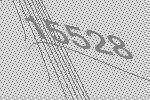
15528